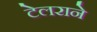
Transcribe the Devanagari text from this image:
टेलराने